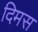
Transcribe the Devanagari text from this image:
दिमस